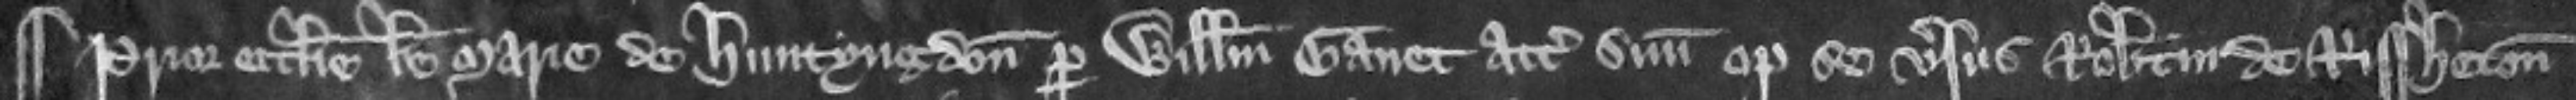
¶ Prior ecclesie beate Marie de Huntyngdon per Wile cum deconet attornatum suum optulit se versus Robertum de Rissheton